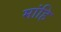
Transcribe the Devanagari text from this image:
मांहि